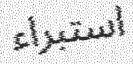
استبراء